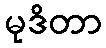
မုဒိတာ